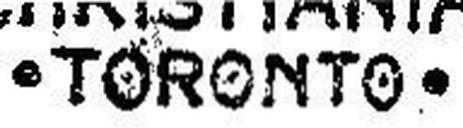
• TORONTO •